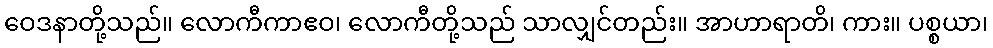
ဝေဒနာတို့သည်။ လောကီကာဧဝ၊ လောကီတို့သည် သာလျှင်တည်း။ အာဟာရာတိ၊ ကား။ ပစ္စယာ၊